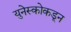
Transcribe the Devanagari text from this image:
युनेस्कोकडून